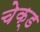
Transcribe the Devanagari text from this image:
चेक्ड